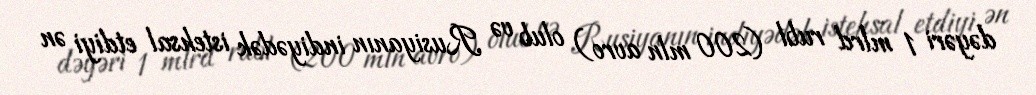
dəyəri 1 mlrd rubl (200 mln avro) olub və Rusiyanın indiyədək istehsal etdiyi ən